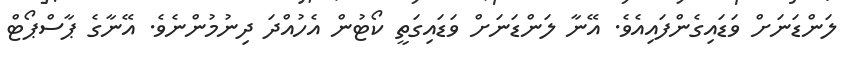
ލަންޑަނަށް ވަޑައިގެންފައިއެވެ. އޭނާ ލަންޑަނަށް ވަޑައިގަތީ ކޯޓުން އެހުއްދަ ދިނުމުންނެވެ. އޭނާގެ ޕާސްޕޯޓް